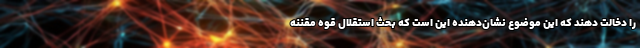
را دخالت دهند که این موضوع نشان‌دهنده این است که بحث استقلال قوه مقننه